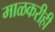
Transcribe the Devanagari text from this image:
माळकरीही